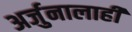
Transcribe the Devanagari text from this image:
अर्जुनालाही